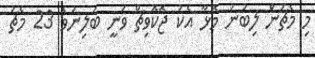
މި މެޗުން ލިބުނު މޮޅާ އެކު ޖޮކޮވިޗް ވަނީ ބަލިނުވެ 23 މެޗު